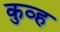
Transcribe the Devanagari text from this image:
कुव्ह